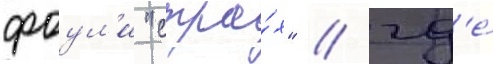
фоул'и "стра́х" / гд'е́